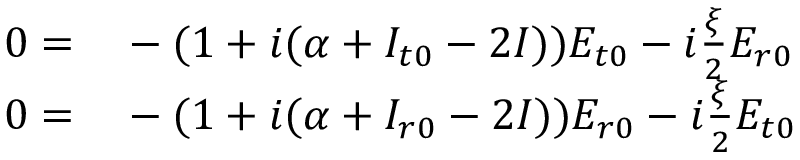
\begin{array} { r l } { 0 = } & { { } - ( 1 + i ( \alpha + I _ { t 0 } - 2 I ) ) E _ { t 0 } - i \frac { \xi } { 2 } E _ { r 0 } } \\ { 0 = } & { { } - ( 1 + i ( \alpha + I _ { r 0 } - 2 I ) ) E _ { r 0 } - i \frac { \xi } { 2 } E _ { t 0 } } \end{array}